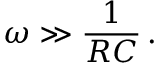
\omega \gg { \frac { 1 } { R C } } \, .